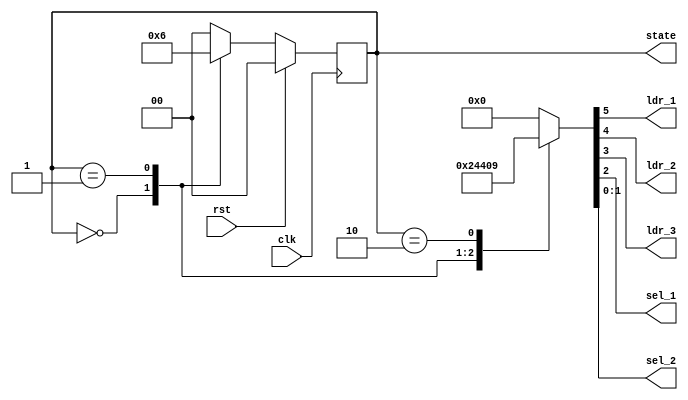
`timescale 1ns / 1ps
//////////////////////////////////////////////////////////////////////////////////
// Company: 
// Engineer: 
// 
// Design Name: 
// Module Name: controller
// Project Name: 
// Target Devices: 
// Tool Versions: 
// Description: 
// 
// Dependencies: 
// 
// Revision:
// Revision 0.01 - File Created
// Additional Comments:
// 
//////////////////////////////////////////////////////////////////////////////////


module controller(
 clk, rst , ldr_1 , ldr_2 , ldr_3 , sel_1 ,sel_2, state
 
    );
   input clk, rst ;
   output ldr_1 , ldr_2 , ldr_3 , sel_1 ;
   output [1:0] sel_2 ;
   output reg [1:0] state ;
reg [1:0] next_state;
 reg [5:0] CV ;
    
  parameter [1:0] S0 = 0 , S1 = 1 ,  S2 = 2;
  
    always@(negedge clk )
    begin
    if ( rst)
    state <= S0 ;
    else
    state<= next_state ;
    end
    
    always @ ( state)
    begin
    case(state)
    S0 : begin CV = 6'b100100; next_state = S1 ; end
    S1 : begin CV = 6'b010000; next_state = S2 ; end
    S2 : begin CV = 6'b001001 ; next_state = S0 ; end
    default : begin CV = 6'b000000 ; next_state = S0 ; end
    endcase
    end
    
    assign ldr_1 = CV[5] ;
    assign ldr_2 = CV[4] ;
    assign ldr_3 = CV[3] ;
    assign sel_1 = CV[2] ;
     assign sel_2[1] = CV[1] ;
    assign sel_2[0] = CV[0] ;
    endmodule